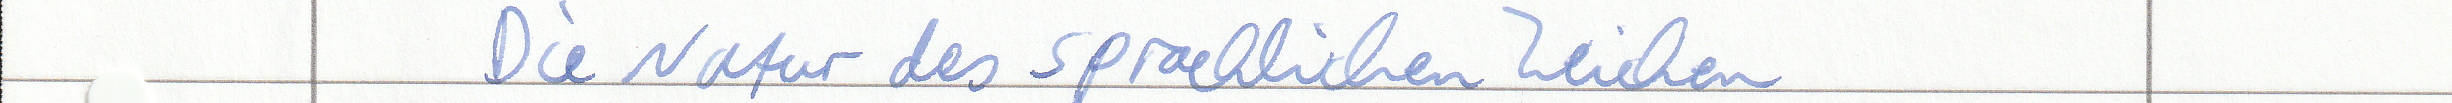
Die Natur des sprachlichen Zeichen